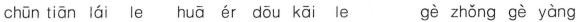
chun tian lai le hua er dou kai le ge zhong ge yang